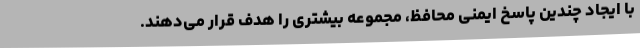
با ایجاد چندین پاسخ ایمنی محافظ، مجموعه بیشتری را هدف قرار می‌دهند.